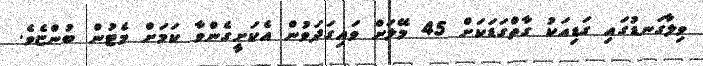
ވިލާގަނޑުގައި ގަޑިއަކު ގާތްގަޑަކަށް 45 މޭލަށް ވައިގަދަވުން އެކަށީގެންވާ ކަމަށް މެޓުން ބުންޏެވެ.